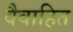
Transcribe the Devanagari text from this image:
वैवाहित